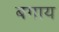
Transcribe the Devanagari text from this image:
बगाय